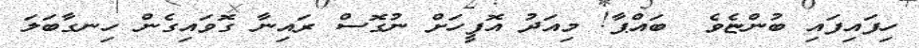
ހިފައިފައި ބުންޏެވެ  ބައްޕާ! މިއަދު އޮފީހަށް ނުގޮސް ރައިނާ ގޮވައިގެން ހިނގާބަލަ